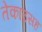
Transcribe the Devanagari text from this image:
तेकाउसह